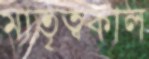
মাতৃত্বকাল